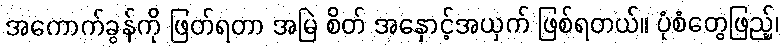
အကောက်ခွန်ကို ဖြတ်ရတာ အမြဲ စိတ် အနှောင့်အယှက် ဖြစ်ရတယ်။ ပုံစံတွေဖြည့်၊